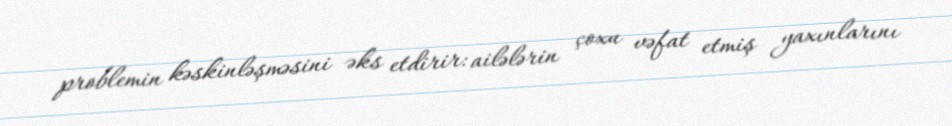
problemin kəskinləşməsini əks etdirir: ailələrin çoxu vəfat etmiş yaxınlarını